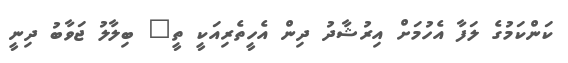
ކަންކަމުގެ ލަފާ އެހުމަށް އިރުޝާދު ދިން އެހީތެރިއަކީ ތީ" ބިލާލު ޖަވާބު ދިނީ